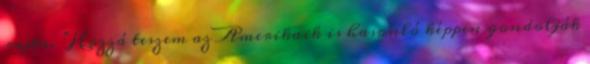
rajta. “Hozzá teszem az Amerikaik is hasonló képpen gondolják